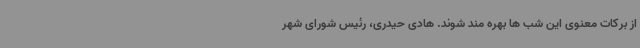
از برکات معنوی این شب ها بهره مند شوند. هادی حیدری، رئیس شورای شهر